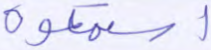
استمعوه